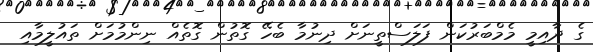
ގެ ދާއިމީ މެމްބަރުކަން ފަލަސްތީނަށް ދިނުމާ ބެހޭ ގޮތުން ގޮތެއް ނިންމުމަށް ތައުލީމާއި